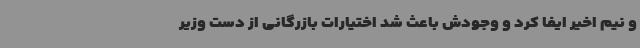
و نیم اخیر ایفا کرد و وجودش باعث شد اختیارات بازرگانی از دست وزیر